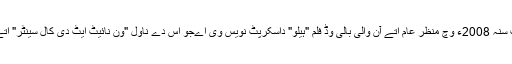
چیتن بھگت سنہ 2008ء وچ منظر عام اتے آن والی بالی وڈ فلم "ہیلو" داسکرپٹ نویس وی اےجو اس دے ناول "ون نائیٹ ایٹ دی کال سینٹر" اتے مبنی اے۔